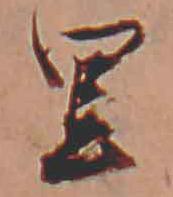
里